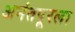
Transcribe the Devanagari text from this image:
अनंतपूरला